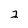
Character: 2